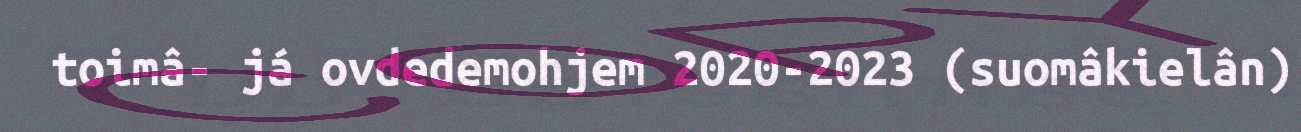
toimâ- já ovdedemohjem 2020-2023 (suomâkielân)